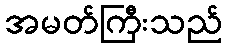
အမတ်ကြီးသည်